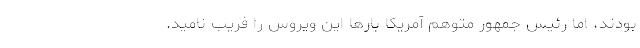
بودند، اما رئیس جمهور متوهم آمریکا بارها این ویروس را فریب نامید.